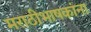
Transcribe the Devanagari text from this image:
मराठीभाषकांना